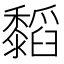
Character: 䵚